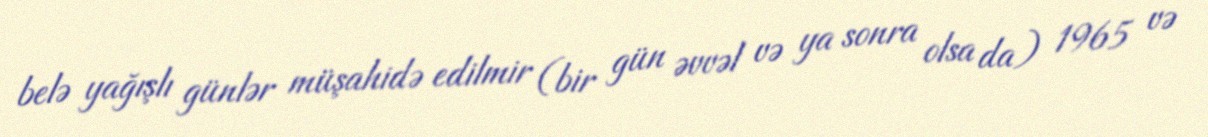
belə yağışlı günlər müşahidə edilmir (bir gün əvvəl və ya sonra olsa da) 1965 və